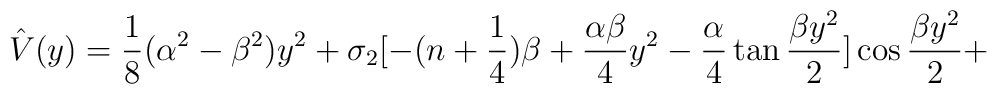
\hat{V} (y) = {1 \over 8} (\alpha ^2 - \beta ^2) y^2 + \sigma _2[-(n + {1 \over 4}) \beta + {\alpha \beta \over 4} y^2 - {\alpha \over 4}\tan {\beta y^2 \over 2}] \cos {\beta y^2 \over 2} +